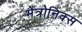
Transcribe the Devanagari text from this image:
मेंत्रोनिक्स